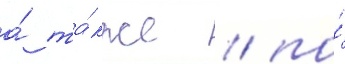
а́ та́кже / по́